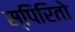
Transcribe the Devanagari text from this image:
स्पिरितो